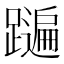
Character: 𨆩